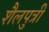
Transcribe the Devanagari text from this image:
शैलपुत्रीं